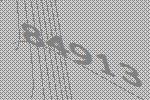
84913